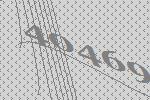
40469